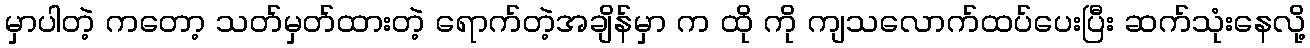
မှာပါတဲ့ ကတော့ သတ်မှတ်ထားတဲ့ ရောက်တဲ့အချိန်မှာ က ထို ကို ကျသလောက်ထပ်ပေးပြီး ဆက်သုံးနေလို့